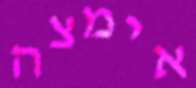
אימצה